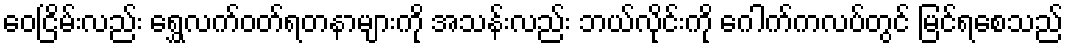
ဝေငြိမ်းလည်း ရွှေလက်ဝတ်ရတနာများကို အသန်းလည်း ဘယ်လိုင်းကို ဂေါက်ကလပ်တွင် မြင်ရစေသည်